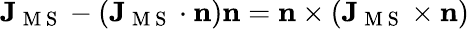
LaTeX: \mathbf{J}_{\mathrm{~M~S~}}-(\mathbf{J}_{\mathrm{~M~S~}}\cdot\mathbf{n})\mathbf{n}=\mathbf{n}\times(\mathbf{J}_{\mathrm{~M~S~}}\times\mathbf{n})